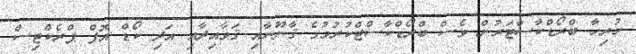
ހުރިހާ ބްރޯޑްކާސްޓަރުން ވެސް ބްރޯޑްކާސްޓްކުރުމުގެ ޤާނޫނާއި ޤަވާއިދާއި އަދި ކޯޑް އޮފް ޕްރެކްޓިސް